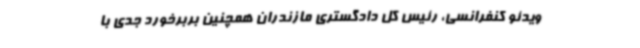
ویدئو کنفرانسی، رئیس کل دادگستری مازندران همچنین بربرخورد جدی با